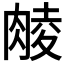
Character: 𮌜